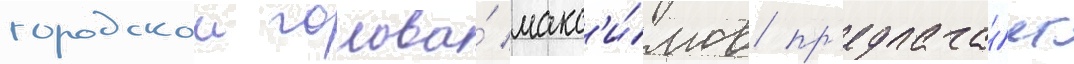
городскои голова́ макс'и́мов пр'едлага́ет